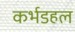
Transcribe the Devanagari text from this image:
कर्भडहल